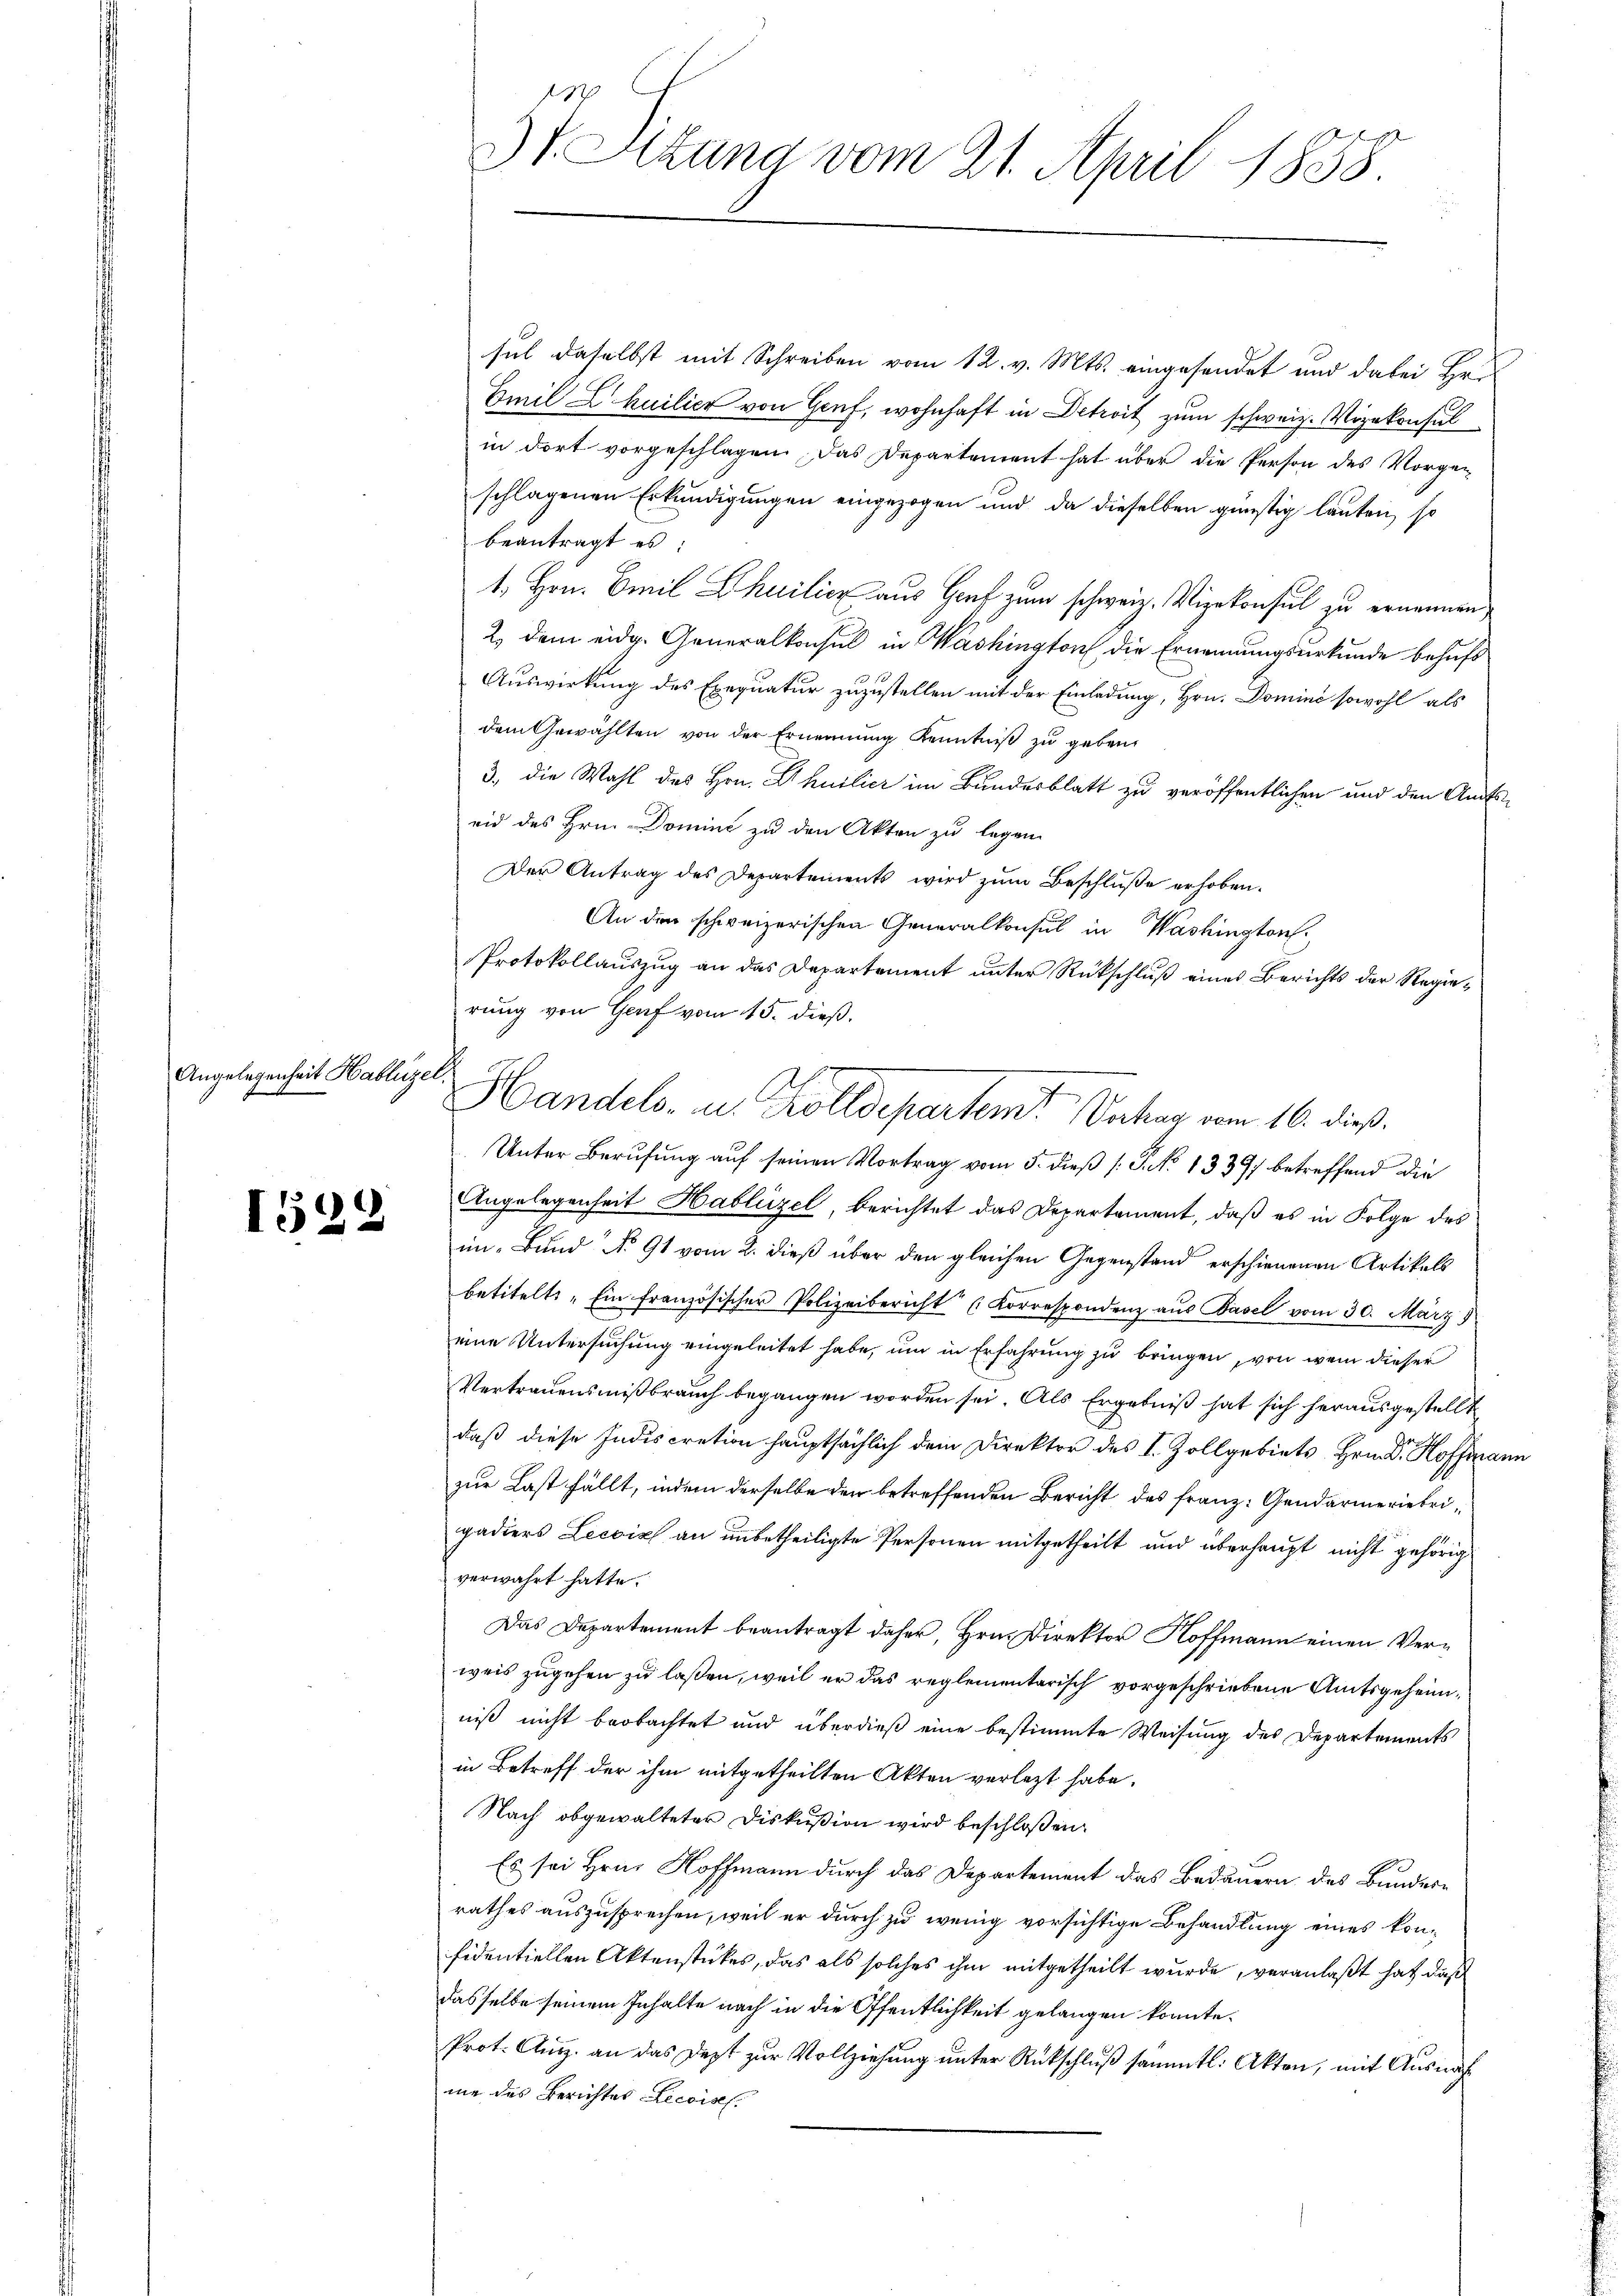
Angelegenheit Hablütze

)
152:

St. Sitzung vom 21. April 1858

sul daselbst mit Schreiben vom 12. v. Mts. eingesendet und dabei Hrn
Emil E huilier von Genf, wohnhaft in Dekret zum schweiz. Vizekonsul
in dort vorgeschlagen. Das Departement hat über die Person des Vorgen-
schlagenen Erkundigungen eingezogen und da dieselben günstig lauten, so
beantragt es:
1. Hrn. Emil Theilier aus Graf zum schweiz. Vizekonsul zu ernennen,
2., dem eidg. Generalkonsul in Washington die Ernennungsurkunde behufs
Auswirkung des Exequatur zuzustellen mit der Einladung, Hrn. Domini sowohl als
dem Gewählten von der Ernennung Kenntniß zu geben.
3., die Wahl des Hrn. Chuilier im Bundesblatt zu veröffentlichen und den Amtseid des Hrn. Domini zu den Akten zu legen.
Der Antrag des Departements wird zŭm Beschluße erhoben.
An den schweizerischen Generalkonsul in Washington.
Protokollauszug an das Departement unter Rückschluß eines Berichts der Regie¬
Unter Berufung auf seinen Vortrag vom 5. dieß (: P. No 1339) betreffend die
Angelegenheit Hablützel berichtet das Departement, daß es in Folge des
im Bund No 91 vom 2. dieß über den gleichen Gegenstand erschienenen Artikels
betitelt "Ein französischer Polizeibericht Korrespondenz aus Basel vom 30. März
eine Untersuchung eingeleitet habe, um in Erfahrung zu bringen, von wem dieser
Vertrauensmißbrauch begangen worden sei. Als Ergebniß hat sich herausgestellt
daß diese Indiscration hauptsächlich dem Direktor des I. Zollgebiets, Hrn. Dr. Hoffmann
zur Last fällt, indem derselbe der betreffenden Bericht des Franz: Gendarmeriebrigadiers Leccizl an unbetheiligte Personen mitgetheilt und überhaupt nicht gehörig
verwahrt hatte.
Das Departement beantragt daher, Hrn. Direktor Hoffmann einen Verweis zugehen zu laßen, weil er das reglementarisch vorgeschriebene Amtsgeheimniß nicht beobachtet und überdieß eine bestimmte Weisung des Departements
in Betreff der ihm mitgetheilten Akten verletzt habe.
Nach obgewalteter Diskußion wird beschloßen:
Es sei Hrn. Hoffmann durch das Departement das Bedauern des Bundern
rathes auszusprechen, weil er durch zu wenig vorsichtige Behandlung eines konfidentiellen Aktenstückes, das als solches ihm mitgetheilt wurde, veranlaßt hat, daß
dasselbe seinem Inhalte nach in die Öffentlichkeit gelangen konnte.
Prot. Ausz. an das Dezt zur Vollziehung unter Rückschluß sämmtl. Akten, mit Ausnahme des Berichtes Lecoisel.

rung von Genf vom 15. dieß.
h
Handels- u. Kolldepartem Antrag vom 16. dieß.